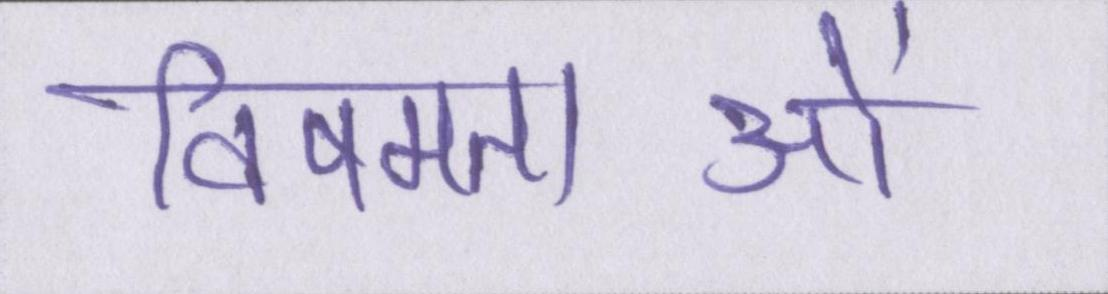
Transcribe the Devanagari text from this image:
विषमताओं